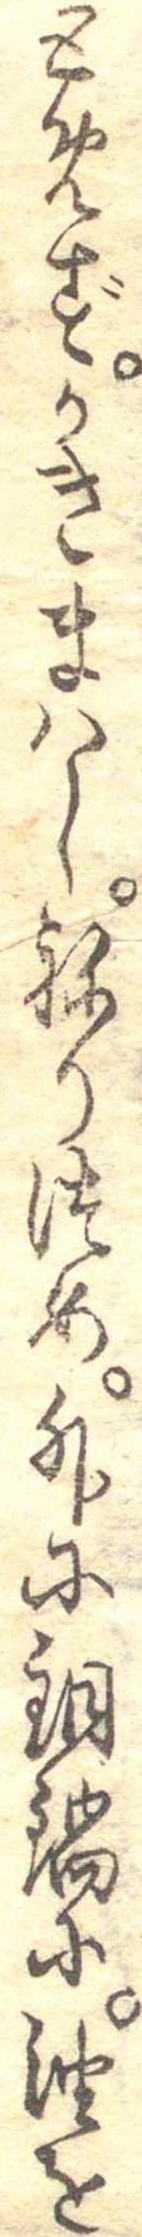
とめずかきまはしねりつめ外に銅鍋に油を